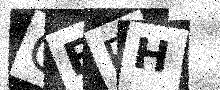
Text: GFFH